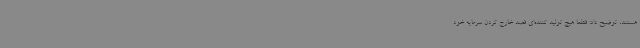
هستند، توضیح داد: قطعا هیچ تولید کننده‌ای قصد خارج کردن سرمایه خود